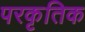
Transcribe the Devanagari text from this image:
परकृतिक